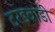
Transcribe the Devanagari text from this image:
दरडवाडी